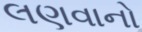
લણવાનો